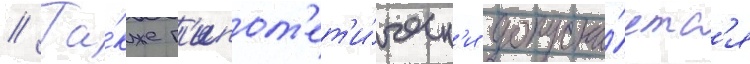
// Та́кже г'ипот'ет'и́ческ'и допуска́етс'я